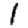
Digit: 1